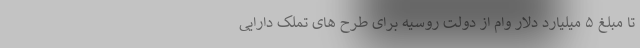
تا مبلغ ۵ میلیارد دلار وام از دولت روسیه برای طرح های تملک دارایی